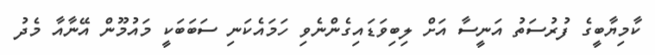
ކާމިޔާބީގެ ފުރުސަތު އަނީސާ އަށް ލިބިވަޑައިގެންނެވި ހަމައެކަނި ސަބަބަކީ މައުމޫން އޭނާއާ މެދު